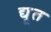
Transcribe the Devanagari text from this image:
द्यू्त